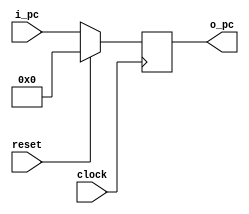
`timescale 1ns / 1ps

module single_pc(
	input  clock,
	input  reset,
	input  [8:0] i_pc,
	output reg [8:0] o_pc
);

	always @(posedge clock) begin
		if (reset)
			o_pc = 0;
		else
			o_pc = i_pc;
	end

endmodule


module single_pc_plus4(
	input  [8:0] i_pc,
	output [8:0] o_pc
);

	assign o_pc = i_pc + 4;

endmodule